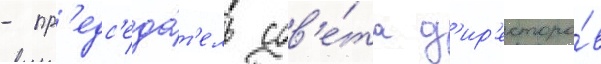
- пр'едс'еда́т'ель сов'е́та д'ир'екторо́в